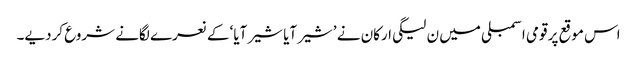
اس موقع پر قومی اسمبلی میں ن لیگی ارکان نے ’شیر آیا شیر آیا‘ کے نعرے لگانے شروع کردیے۔